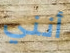
أنني